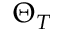
\Theta _ { T }